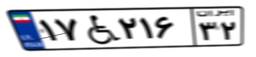
۴۷W۳۳۳۱۵